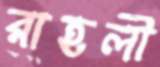
রাহলী